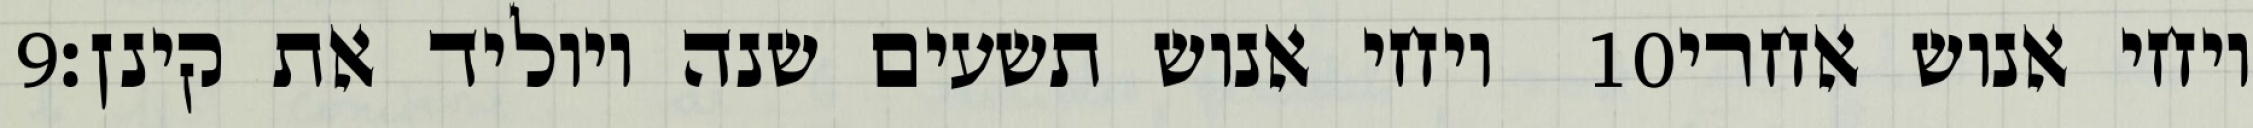
‎9‏ ויחי אנוש תשעים שנה ויוליד את קינן׃ ‎10‏ ויחי אנוש אחרי